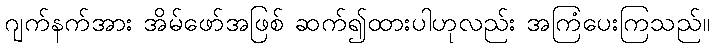
ဂျက်နက်အား အိမ်ဖော်အဖြစ် ဆက်၍ထားပါဟုလည်း အကြံပေးကြသည်။